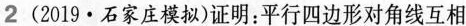
2(2019·石家庄模拟)证明：平行四边形对角线互相